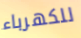
للكهرباء